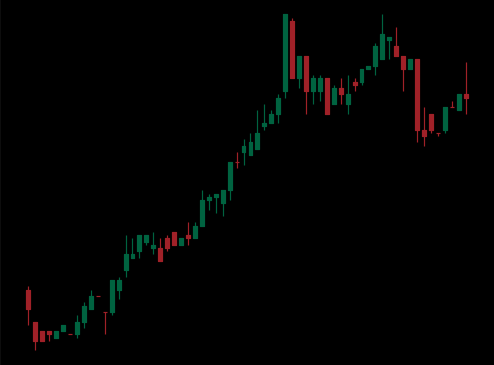
Pattern: bear_flag